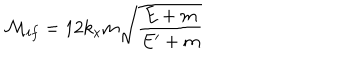
{ \cal { M } } _ { i f } = 1 2 k _ { x } m \sqrt { \frac { E + m } { E ^ { \prime } + m } }